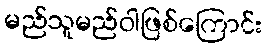
မည်သူမည်ဝါဖြစ်ကြောင်း